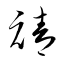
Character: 禧